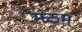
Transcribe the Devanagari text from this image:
मठम्